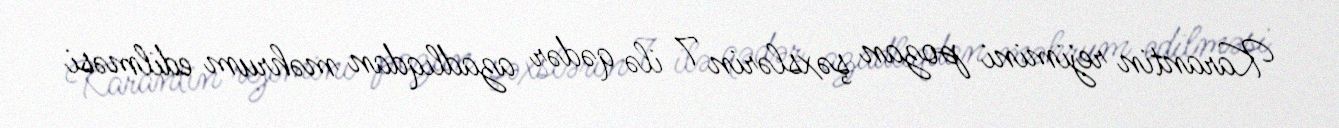
Karantin rejimini pozan şəxslərin 7 ilə qədər azadlıqdan məhrum edilməsi